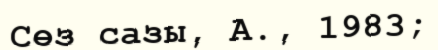
Сөз сазы, А., 1983;